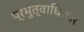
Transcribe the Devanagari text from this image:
प्रभुत्वाधिकार